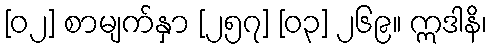
[၀၂] စာမျက်နှာ [၂၅၇] [၀၃] ၂၆၉။ ဣဒါနိ၊